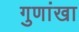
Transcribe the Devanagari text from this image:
गुणांखा